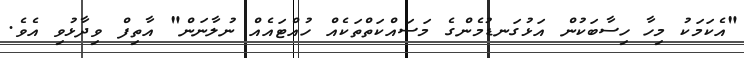
"އެކަމަކު މިހާ ހިސާބަކުން އަޅުގަނޑުމެންގެ މަސައްކަތްތަކެއް ހުއްޓައެއް ނުލާނަން" އާތިފް ވިދާޅުވި އެވެ.